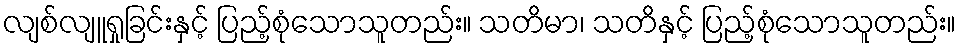
လျစ်လျူရှုခြင်းနှင့် ပြည့်စုံသောသူတည်း။ သတိမာ၊ သတိနှင့် ပြည့်စုံသောသူတည်း။